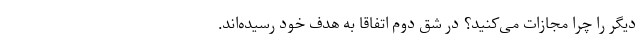
دیگر را چرا مجازات می‌کنید؟ در شِق دوم اتفاقا به هدف خود رسیده‌اند.